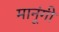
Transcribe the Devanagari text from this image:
मानूंगी